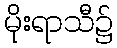
မိုးရာသီ၌